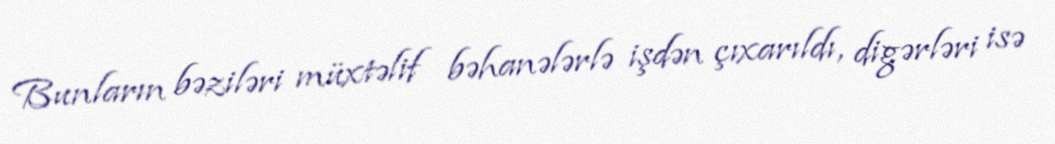
Bunların bəziləri müxtəlif bəhanələrlə işdən çıxarıldı, digərləri isə